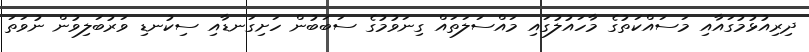
ދިރިއުޅުމުގައާއި މަސައްކަތުގެ މާހައުލުގައި މައްސަލަތައް ގިނަވުމުގެ ސަބަބުން ހަށިގަނޑާއި ސިކުނޑި ވަރުބަލިވުން ނުވަތަ